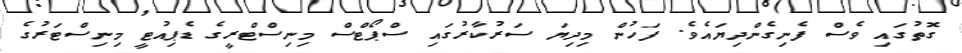
ގޮތުގައި ވެސް ފެނިގެންދިޔައެވެ. ފަހުން މިދިޔަ ސަރުކާރުގައި ސްޕޯޓްސް މިނިސްޓްރީގެ ޑެޕިއުޓީ މިނިސްޓަރުގެ